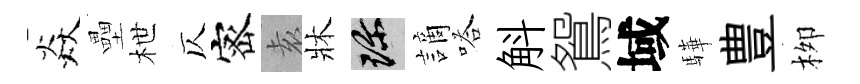
焱壘枻仄宻𡊮牀珍謫嗒斛鴛域驊豊栁